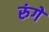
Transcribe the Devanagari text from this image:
रुंगे